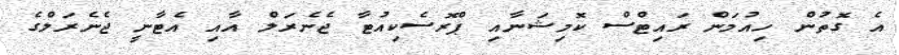
އެ ގޮތުން ހިއުމަން ރައިޓްސް ކޮމިޝަނާއި ޕްރޮސެކިއުޓާ ޖެނެރަލް އާއި އެޓާނީ ޖެނެރަލްގެ